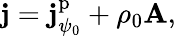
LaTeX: \mathbf{j}=\mathbf{j}_{\psi_{0}}^{\mathrm{p}}+\rho_{0}\mathbf{A},